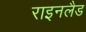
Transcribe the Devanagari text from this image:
राइनलैड